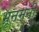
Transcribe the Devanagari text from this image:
भ्रूनमनी